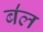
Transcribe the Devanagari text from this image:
ब॑ल